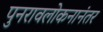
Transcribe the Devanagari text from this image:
पुनरावलोकनानंतर